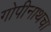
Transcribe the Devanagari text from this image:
गोपीनाथचा